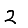
Digit: 2